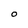
Character: O